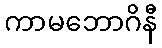
ကာမဘောဂိနီ